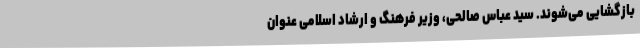
بازگشایی می‌شوند. سید عباس صالحی، وزیر فرهنگ و ارشاد اسلامی عنوان